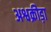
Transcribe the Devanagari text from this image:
अश्वक्रीड़ा